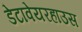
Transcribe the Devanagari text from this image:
डेटावेयरहाउस